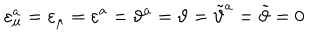
\varepsilon _ { \mu } ^ { a } = \varepsilon _ { \mu } = \varepsilon ^ { a } = \vartheta ^ { a } = \vartheta = \tilde { \vartheta } ^ { a } = \tilde { \vartheta } = 0